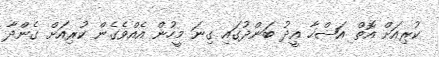
ކުރިއަށް އޮތް އަޟްހާ އީދު ބަންދުގައި ގިނަ މީހުން އެއްވެގެން ކުރިއަށް ގެންދާ